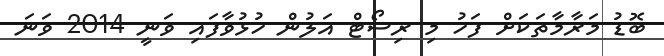
ބޮޑު މަރާމާތަކަށް ފަހު މި ރިސޯޓް އަލުން ހުޅުވާފައި ވަނީ 2014 ވަނަ